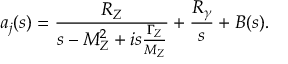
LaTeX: a _ { j } ( s ) = \frac { R _ { Z } } { s - M _ { Z } ^ { 2 } + i s \frac { \Gamma _ { Z } } { M _ { Z } } } + \frac { R _ { \gamma } } { s } + B ( s ) .